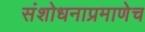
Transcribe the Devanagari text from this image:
संशोधनाप्रमाणेच